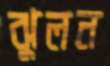
ঝুলন